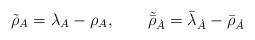
LaTeX: \begin{align*}\tilde{{\rho}}_{A}= \lambda_{A} - \rho_A, \qquad \tilde{\bar{\rho}}_{\dot{A}} = \bar{\lambda}_{\dot{A}} - \bar{\rho}_{\dot{A}}\end{align*}